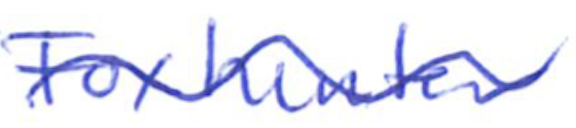
Text: Foxhunter
Cross-out: mix
Writing tool: ballpoint